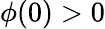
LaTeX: \phi(0)>0